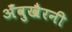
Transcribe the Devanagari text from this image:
अँवुखैरनी